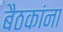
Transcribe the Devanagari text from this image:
बैठकांना